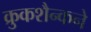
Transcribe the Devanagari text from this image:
क्रुकशैन्कने